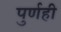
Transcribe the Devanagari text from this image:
पुर्णही